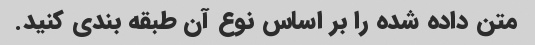
متن داده شده را بر اساس نوع آن طبقه بندی کنید.